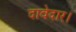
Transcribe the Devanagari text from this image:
दावेदार।